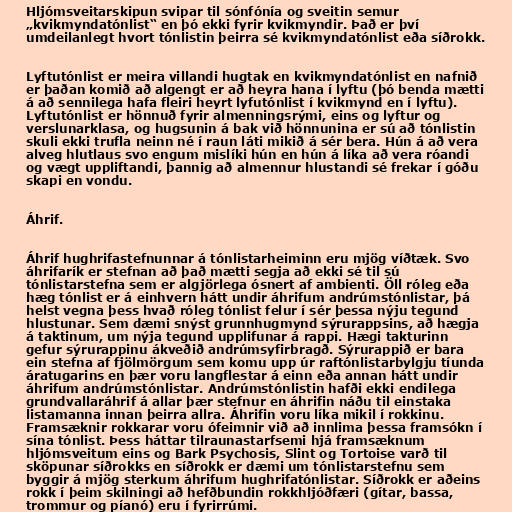
Hljómsveitarskipun svipar til sónfónía og sveitin semur
„kvikmyndatónlist“ en þó ekki fyrir kvikmyndir. Það er því
umdeilanlegt hvort tónlistin þeirra sé kvikmyndatónlist eða síðrokk.

Lyftutónlist er meira villandi hugtak en kvikmyndatónlist en nafnið
er þaðan komið að algengt er að heyra hana í lyftu (þó benda mætti
á að sennilega hafa fleiri heyrt lyfutónlist í kvikmynd en í lyftu).
Lyftutónlist er hönnuð fyrir almenningsrými, eins og lyftur og
verslunarklasa, og hugsunin á bak við hönnunina er sú að tónlistin
skuli ekki trufla neinn né í raun láti mikið á sér bera. Hún á að vera
alveg hlutlaus svo engum mislíki hún en hún á líka að vera róandi
og vægt uppliftandi, þannig að almennur hlustandi sé frekar í góðu
skapi en vondu.

Áhrif.

Áhrif hughrifastefnunnar á tónlistarheiminn eru mjög víðtæk. Svo
áhrifarík er stefnan að það mætti segja að ekki sé til sú
tónlistarstefna sem er algjörlega ósnert af ambienti. Öll róleg eða
hæg tónlist er á einhvern hátt undir áhrifum andrúmstónlistar, þá
helst vegna þess hvað róleg tónlist felur í sér þessa nýju tegund
hlustunar. Sem dæmi snýst grunnhugmynd sýrurappsins, að hægja
á taktinum, um nýja tegund upplifunar á rappi. Hægi takturinn
gefur sýrurappinu ákveðið andrúmsyfirbragð. Sýrurappið er bara
ein stefna af fjölmörgum sem komu upp úr raftónlistarbylgju tíunda
áratugarins en þær voru langflestar á einn eða annan hátt undir
áhrifum andrúmstónlistar. Andrúmstónlistin hafði ekki endilega
grundvallaráhrif á allar þær stefnur en áhrifin náðu til einstaka
listamanna innan þeirra allra. Áhrifin voru líka mikil í rokkinu.
Framsæknir rokkarar voru ófeimnir við að innlima þessa framsókn í
sína tónlist. Þess háttar tilraunastarfsemi hjá framsæknum
hljómsveitum eins og Bark Psychosis, Slint og Tortoise varð til
sköpunar síðrokks en síðrokk er dæmi um tónlistarstefnu sem
byggir á mjög sterkum áhrifum hughrifatónlistar. Síðrokk er aðeins
rokk í þeim skilningi að hefðbundin rokkhljóðfæri (gítar, bassa,
trommur og píanó) eru í fyrirrúmi.